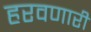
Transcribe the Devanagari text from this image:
हरवणारी